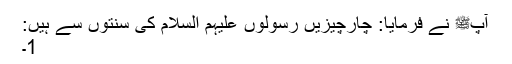
آپﷺ نے فرمایا: چارچیزیں رسولوں علیہم السلام کی سنتوں سے ہیں:
1۔